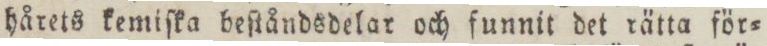
hårets kemiſka beſtåndsdelar och funnit det rätta för=